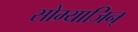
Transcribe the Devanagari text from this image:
सोम्याजिन्